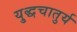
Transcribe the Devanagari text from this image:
यु्द्धचातुर्य